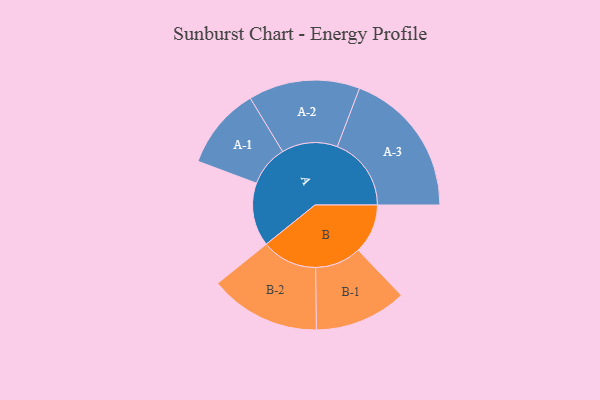
{"axis": {"x": "Segment", "y": "Value"}, "legend": ["", "A", "B"], "data": [{"x": "A", "y": 223, "type": ""}, {"x": "B", "y": 174, "type": ""}, {"x": "A-1", "y": 144, "type": "A"}, {"x": "A-2", "y": 196, "type": "A"}, {"x": "A-3", "y": 260, "type": "A"}, {"x": "B-1", "y": 162, "type": "B"}, {"x": "B-2", "y": 195, "type": "B"}]}